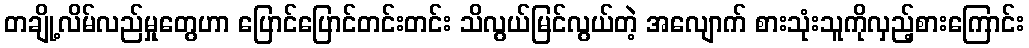
တချို့လိမ်လည်မှုတွေဟာ ပြောင်ပြောင်တင်းတင်း သိလွယ်မြင်လွယ်တဲ့ အလျောက် စားသုံးသူကိုလှည့်စားကြောင်း